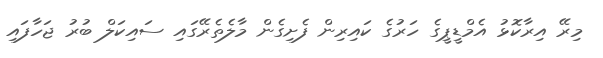
މިރޭ އިރާކޮޅު އެމްޑީޕީގެ ހަރުގެ ކައިރިން ފެށިގެން މާލެތެރޭގައި ސައިކަލް ބުރު ޖަހާފައި